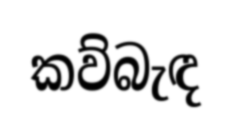
කව්බැඳ